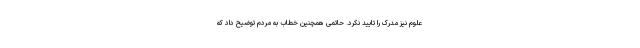
علوم نیز مدرک را تایید نکرد. حاتمی همچنین خطاب به مردم توضیح داد که